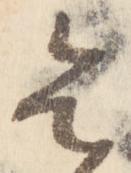
令